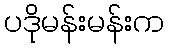
ပဒိုမန်းမန်းက